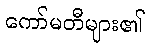
ကော်မတီများ၏